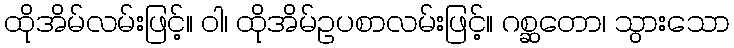
ထိုအိမ်လမ်းဖြင့်။ ဝါ၊ ထိုအိမ်ဥပစာလမ်းဖြင့်။ ဂစ္ဆတော၊ သွားသော